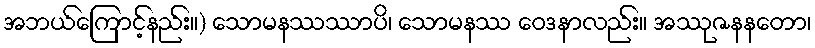
အဘယ်ကြောင့်နည်း။) သောမနဿဿာပိ၊ သောမနဿ ဝေဒနာလည်း။ အဿုဇနနတော၊